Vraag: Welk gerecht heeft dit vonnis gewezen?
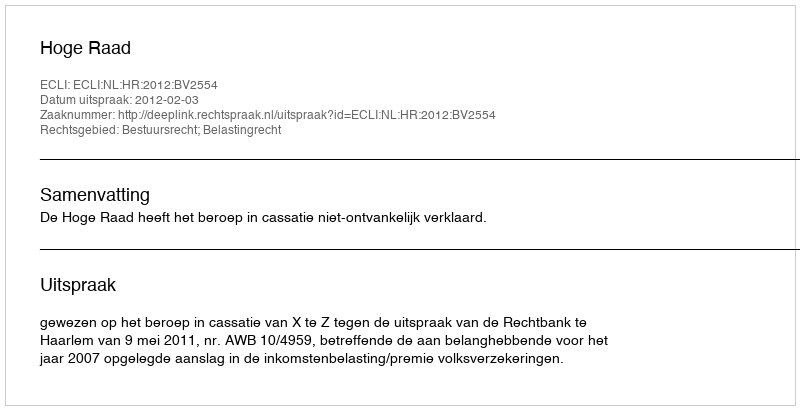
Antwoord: Hoge Raad